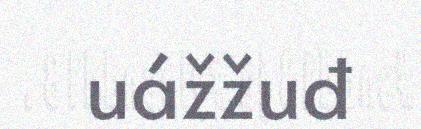
uážžuđ